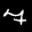
Label: 7